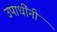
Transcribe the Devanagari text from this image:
उपाधींनी